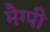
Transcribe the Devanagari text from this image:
मैग्पी